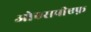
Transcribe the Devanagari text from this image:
ओएसपीएफ़